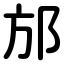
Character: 邡